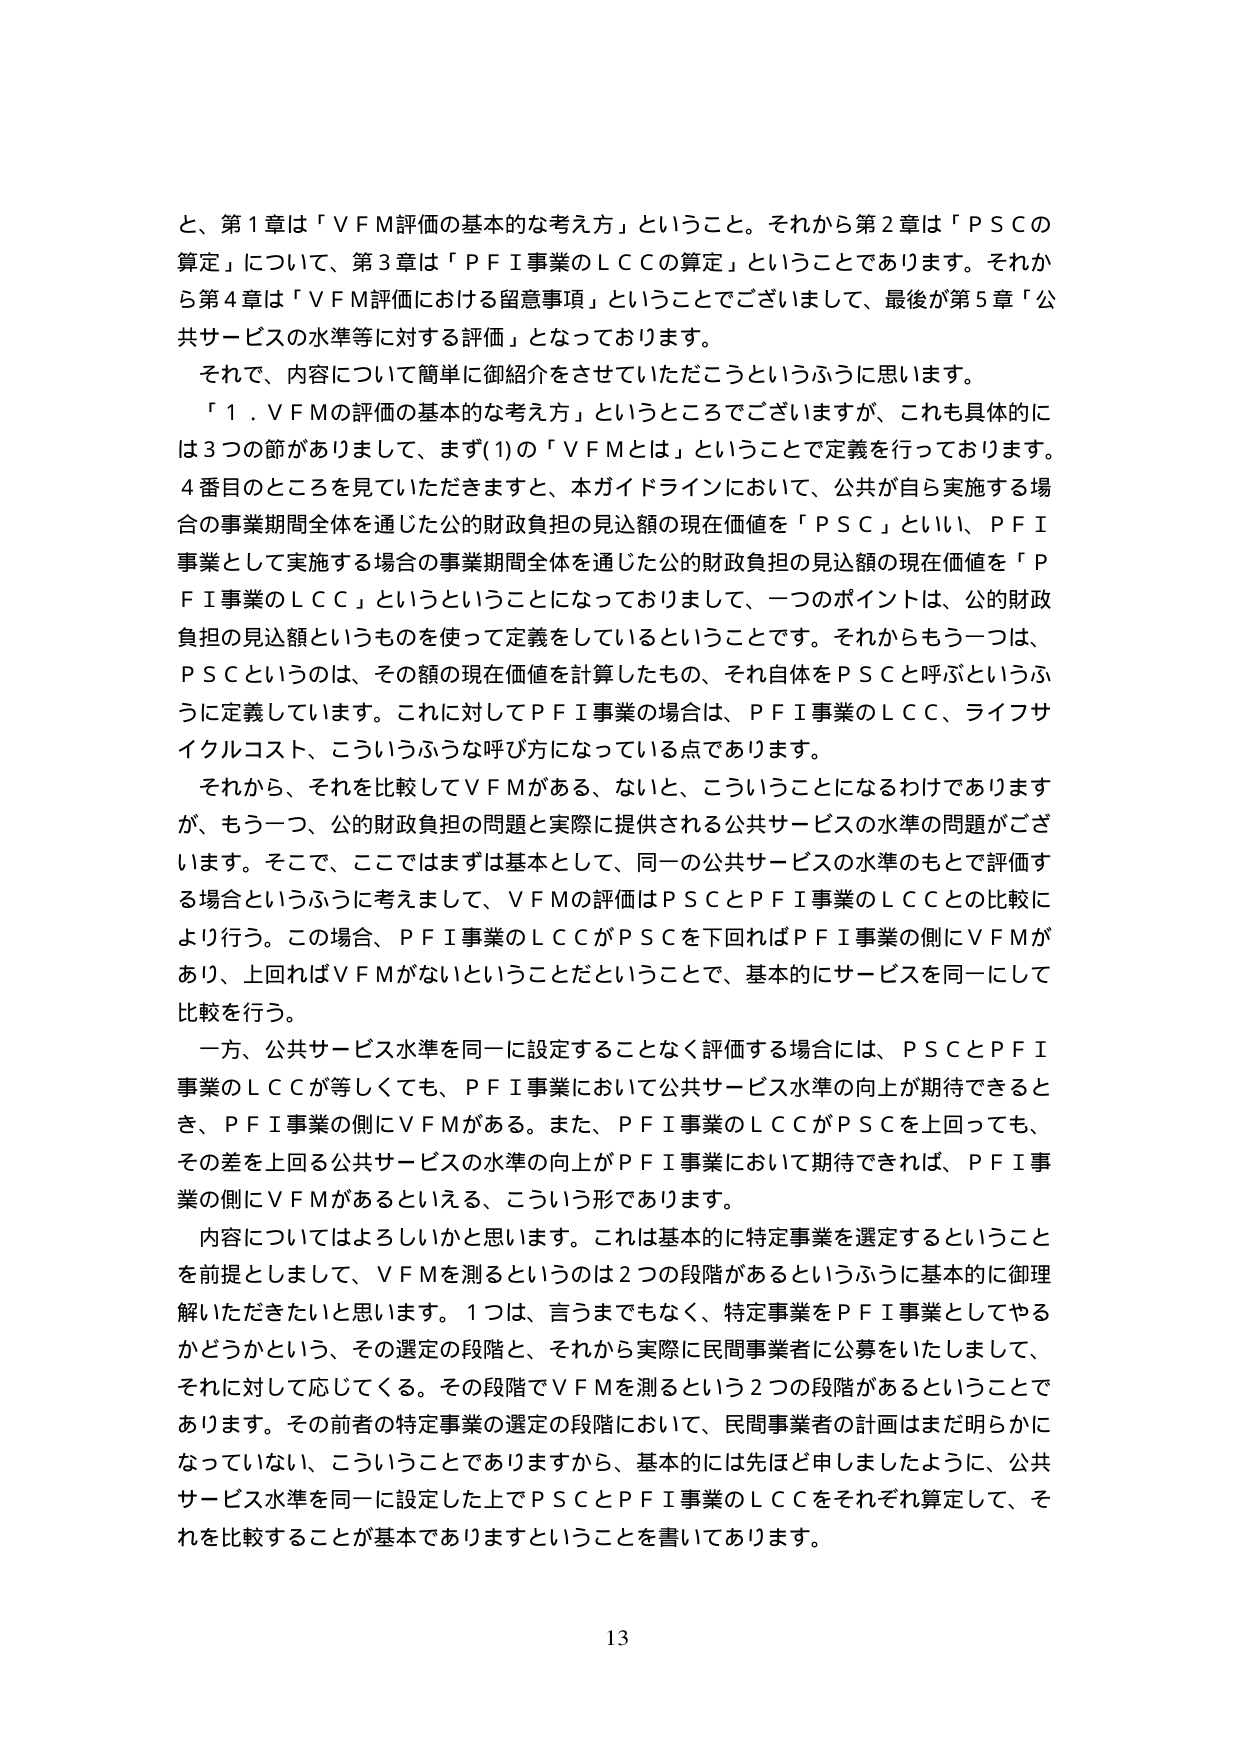
と、第１章は「ＶＦＭ評価の基本的な考え方」ということ。それから第２章は「ＰＳＣの算定」について、第３章は「ＰＦＩ事業のＬＣＣの算定」ということであります。それから第４章は「ＶＦＭ評価における留意事項」ということでございまして、最後が第５章「公共サービスの水準等に対する評価」となっております。

それで、内容について簡単に御紹介をさせていただこうというふうに思います。

「１．ＶＦＭの評価の基本的な考え方」というところでございますが、これも具体的には３つの節がありまして、まず(1)の「ＶＦＭとは」ということで定義を行っております。４番目のところを見ていただきますと、本ガイドラインにおいて、公共が自ら実施する場合の事業期間全体を通じた公的財政負担の見込額の現在価値を「ＰＳＣ」といい、ＰＦＩ事業として実施する場合の事業期間全体を通じた公的財政負担の見込額の現在価値を「ＰＦＩ事業のＬＣＣ」というということになっておりまして、一つのポイントは、公的財政負担の見込額というものを使って定義をしているということです。それからもう一つは、ＰＳＣというのは、その額の現在価値を計算したもの、それ自体をＰＳＣと呼ぶというふうに定義しています。これに対してＰＦＩ事業の場合は、ＰＦＩ事業のＬＣＣ、ライフサイクルコスト、こういうふうな呼び方になっている点であります。

それから、それを比較してＶＦＭがある、ないと、こういうことになるわけでありますが、もう一つ、公的財政負担の問題と実際に提供される公共サービスの水準の問題がございます。そこで、ここではまずは基本として、同一の公共サービスの水準のもとで評価する場合というふうに考えまして、ＶＦＭの評価はＰＳＣとＰＦＩ事業のＬＣＣとの比較により行う。この場合、ＰＦＩ事業のＬＣＣがＰＳＣを下回ればＰＦＩ事業の側にＶＦＭがあり、上回ればＶＦＭがないということだということで、基本的にサービスを同一にして比較を行う。

一方、公共サービス水準を同一に設定することなく評価する場合には、ＰＳＣとＰＦＩ事業のＬＣＣが等しくても、ＰＦＩ事業において公共サービス水準の向上が期待できるとき、ＰＦＩ事業の側にＶＦＭがある。また、ＰＦＩ事業のＬＣＣがＰＳＣを上回っても、その差を上回る公共サービスの水準の向上がＰＦＩ事業において期待できれば、ＰＦＩ事業の側にＶＦＭがあるといえる、こういう形であります。

内容についてはよろしいかと思います。これは基本的に特定事業を選定するということを前提としまして、ＶＦＭを測るというのは２つの段階があるというふうに基本的に御理解いただきたいと思います。１つは、言うまでもなく、特定事業をＰＦＩ事業としてやるかどうかという、その選定の段階と、それから実際に民間事業者に公募をいたしまして、それに対して応じてくる。その段階でＶＦＭを測るという２つの段階があるということであります。その前者の特定事業の選定の段階において、民間事業者の計画はまだ明らかになっていない、こういうことでありますから、基本的には先ほど申しましたように、公共サービス水準を同一に設定した上でＰＳＣとＰＦＩ事業のＬＣＣをそれぞれ算定して、それを比較することが基本でありますということを書いてあります。

13